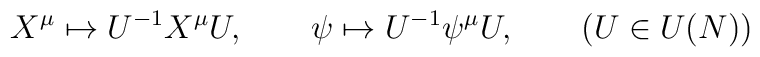
X^{\mu} \mapsto U^{-1} X^{\mu} U, \qquad        \psi \mapsto U^{-1} \psi^{\mu} U, \qquad        (U \in U(N))